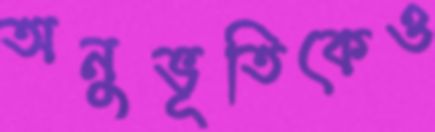
অনুভূতিকেও